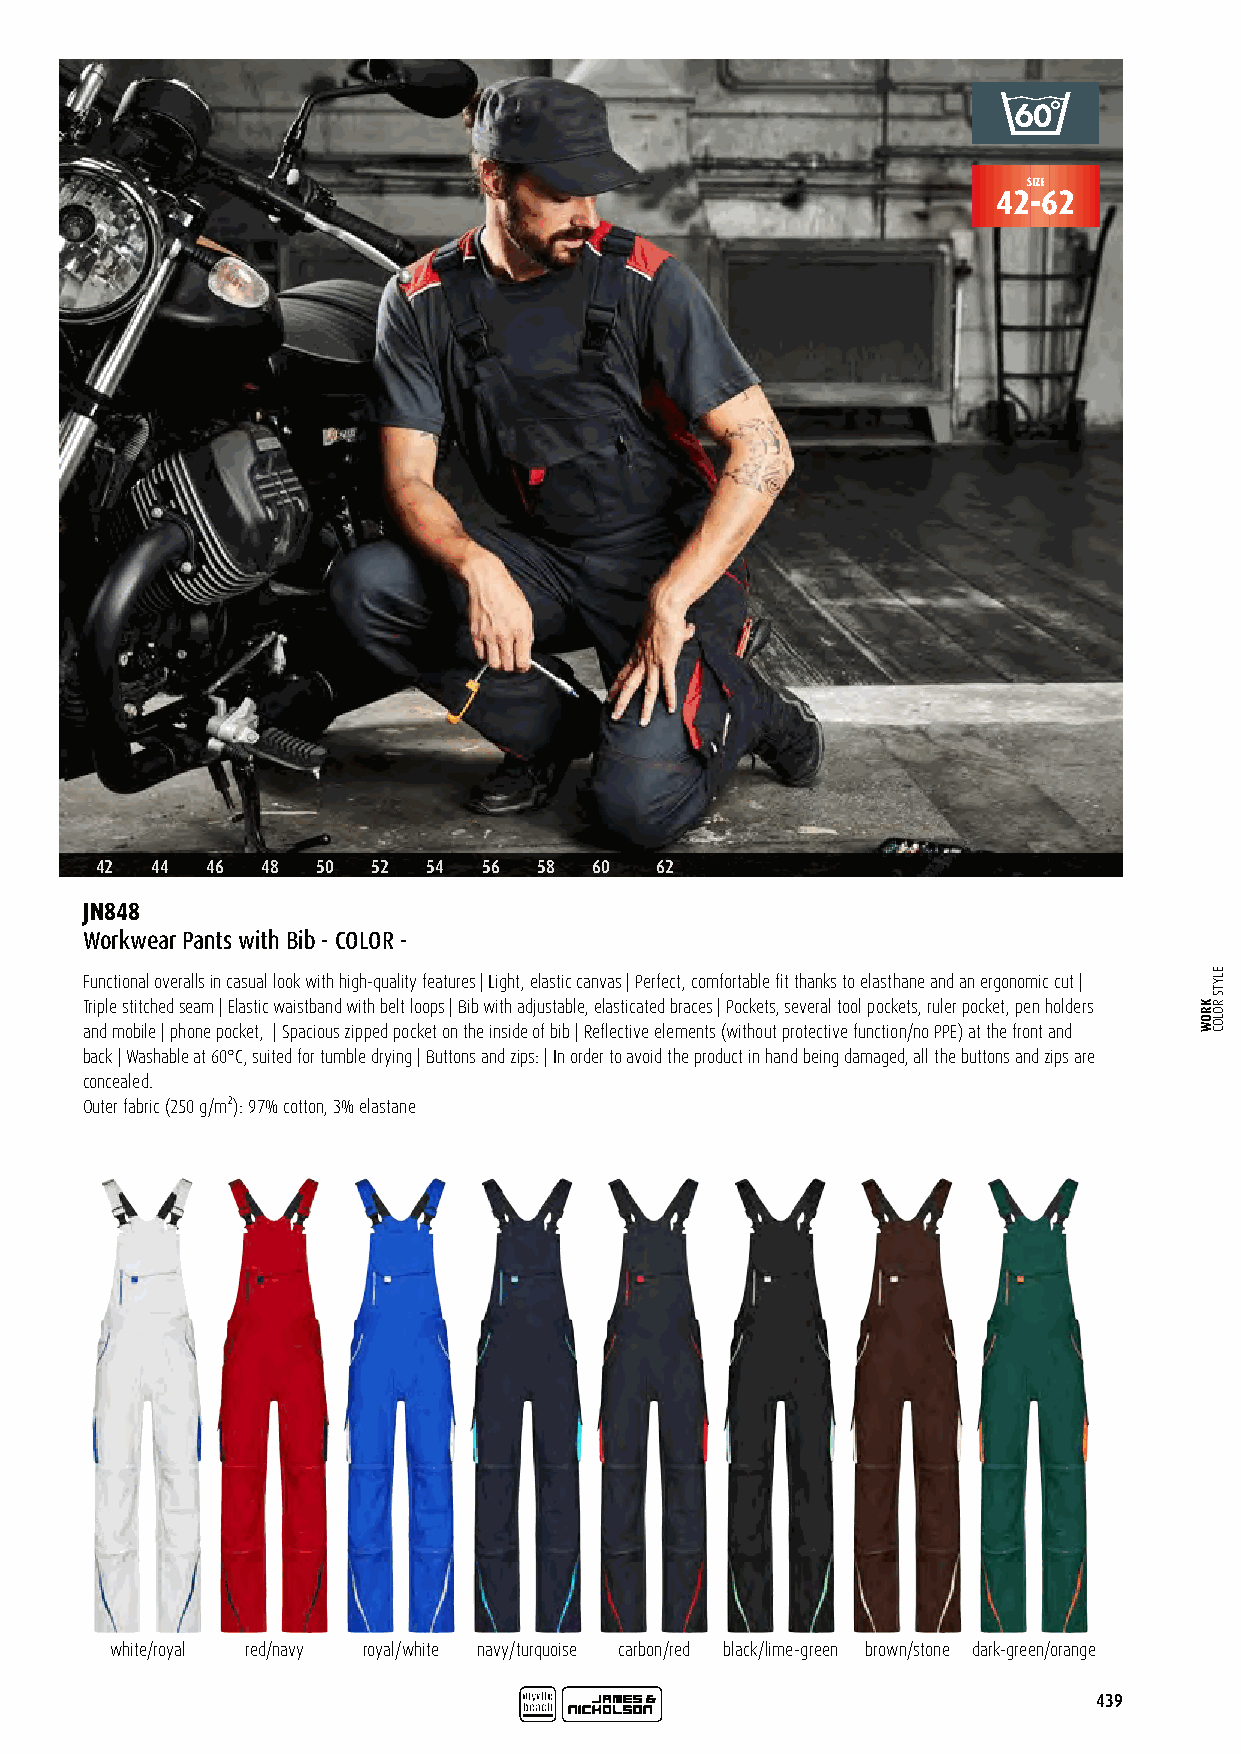
SIZE
 42-62
 42  44  46 48  50  52 54  56  58 60  62
 JN848
 Workwear Pants with Bib - COLOR -
 Functional overalls in casual look with high-quality features | Light, elastic canvas | Perfect, comfortable fit thanks to elasthane and an ergonomic cut |
 Triple stitched seam | Elastic waistband with belt loops | Bib with adjustable, elasticated braces | Pockets, several tool pockets, ruler pocket, pen holders
 and mobile | phone pocket, | Spacious zipped pocket on the inside of bib | Reflective elements (without protective function/no PPE) at the front and
 back | Washable at 60°C, suited for tumble drying | Buttons and zips: | In order to avoid the product in hand being damaged, all the buttons and zips are
 concealed.
 Outer fabric (250 g/m²): 97% cotton, 3% elastane
 white/royal red/navy royal/white navy/turquoise carbon/red black/lime-green brown/stone dark-green/orange
 439
 KROW
 ELYTS
 ROLOC